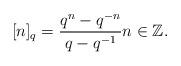
LaTeX: \begin{align*}\lbrack n \rbrack_q = \frac{q^n-q^{-n}}{q-q^{-1}} n \in \mathbb Z.\end{align*}